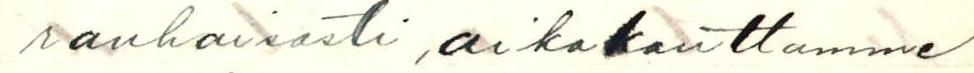
rauhaisasti aikakauttamme